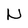
Character: N